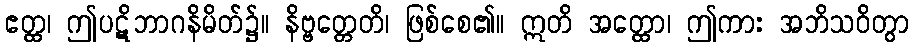
ဧတ္ထ၊ ဤပဋိဘာဂနိမိတ်၌။ နိဗ္ဗတ္တေတိ၊ ဖြစ်စေ၏။ ဣတိ အတ္ထော၊ ဤကား အဘိသဝိတွာ